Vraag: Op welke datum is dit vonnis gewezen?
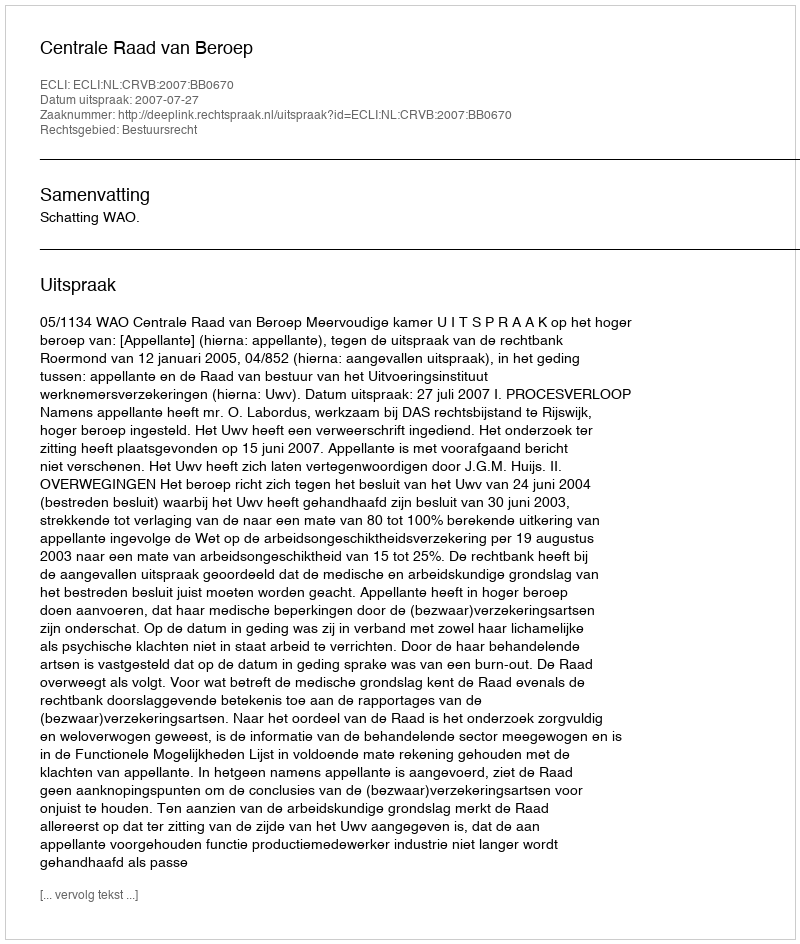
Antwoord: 2007-07-27